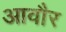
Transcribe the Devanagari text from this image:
आवौर